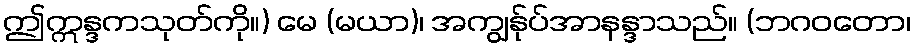
ဤဣန္ဒကသုတ်ကို။) မေ (မယာ)၊ အကျွန်ုပ်အာနန္ဒာသည်။ (ဘဂဝတော၊